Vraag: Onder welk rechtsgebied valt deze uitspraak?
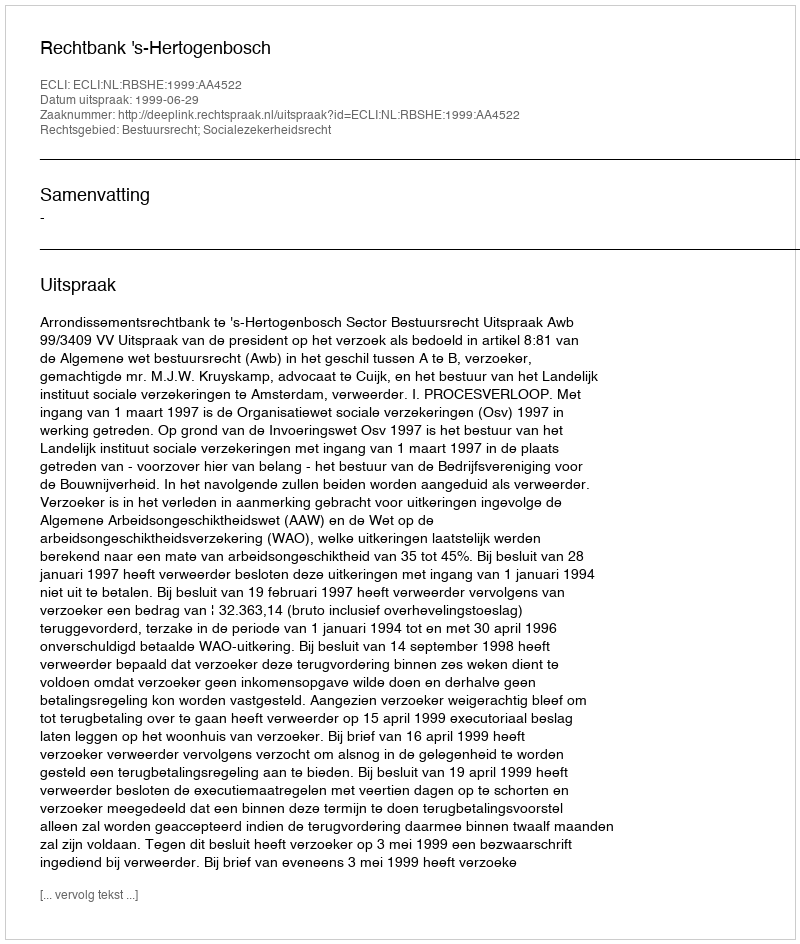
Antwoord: Bestuursrecht; Socialezekerheidsrecht